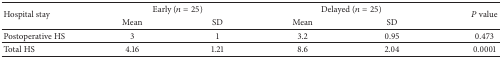
| <ROWSPAN=2> Hospital stay | <COLSPAN=2> Early (n = 25) | <COLSPAN=2> Delayed (n = 25) | <ROWSPAN=2> P value |
 | Mean | SD | Mean | SD |
 | --- | --- | --- | --- | --- | --- |
 | Postoperative HS | 3 | 1 | 3.2 | 0.95 | 0.473 |
 | Total HS | 4.16 | 1.21 | 8.6 | 2.04 | 0.0001 |